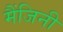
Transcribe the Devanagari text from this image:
मैंजिनी